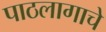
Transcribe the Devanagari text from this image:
पाठलागाचे